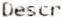
DESCR